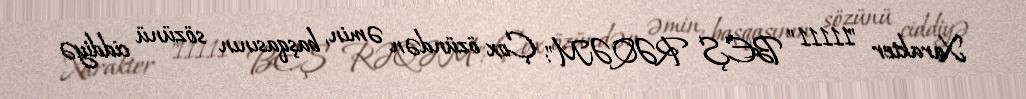
Xarakter "11111" BEŞ RƏQƏM": Çox özündən əmin, başqasının sözünü ciddiyə